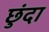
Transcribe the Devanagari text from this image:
छुंदा